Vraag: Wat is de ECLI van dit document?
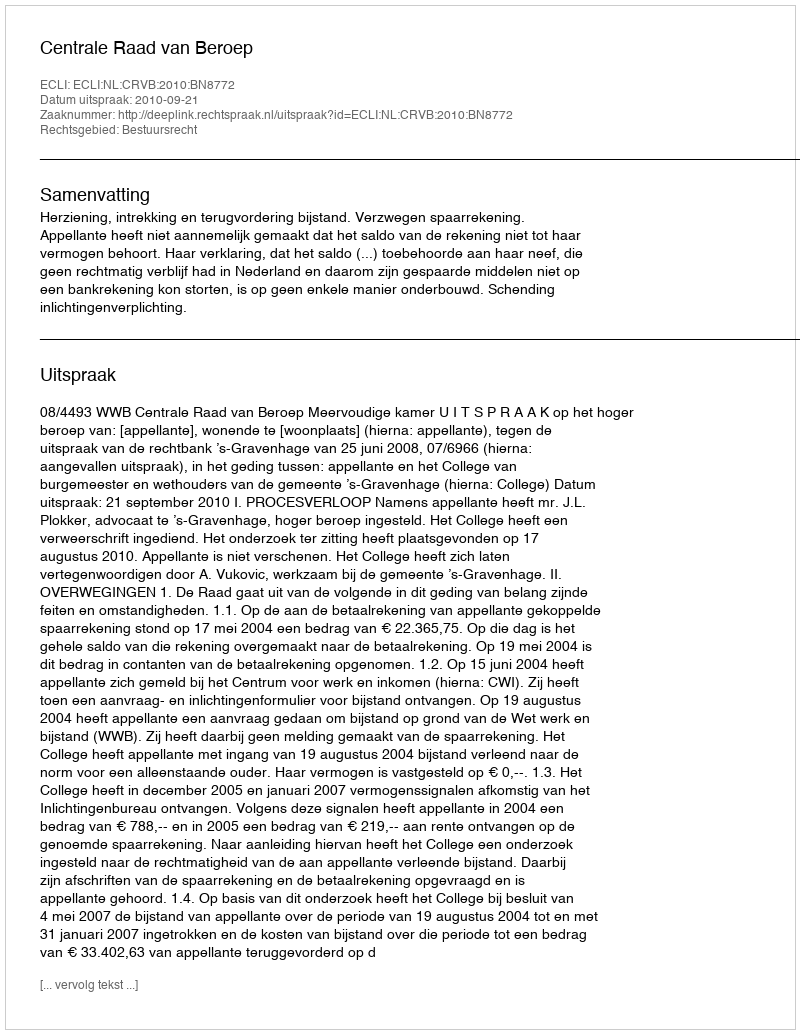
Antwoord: ECLI:NL:CRVB:2010:BN8772